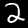
Label: 2